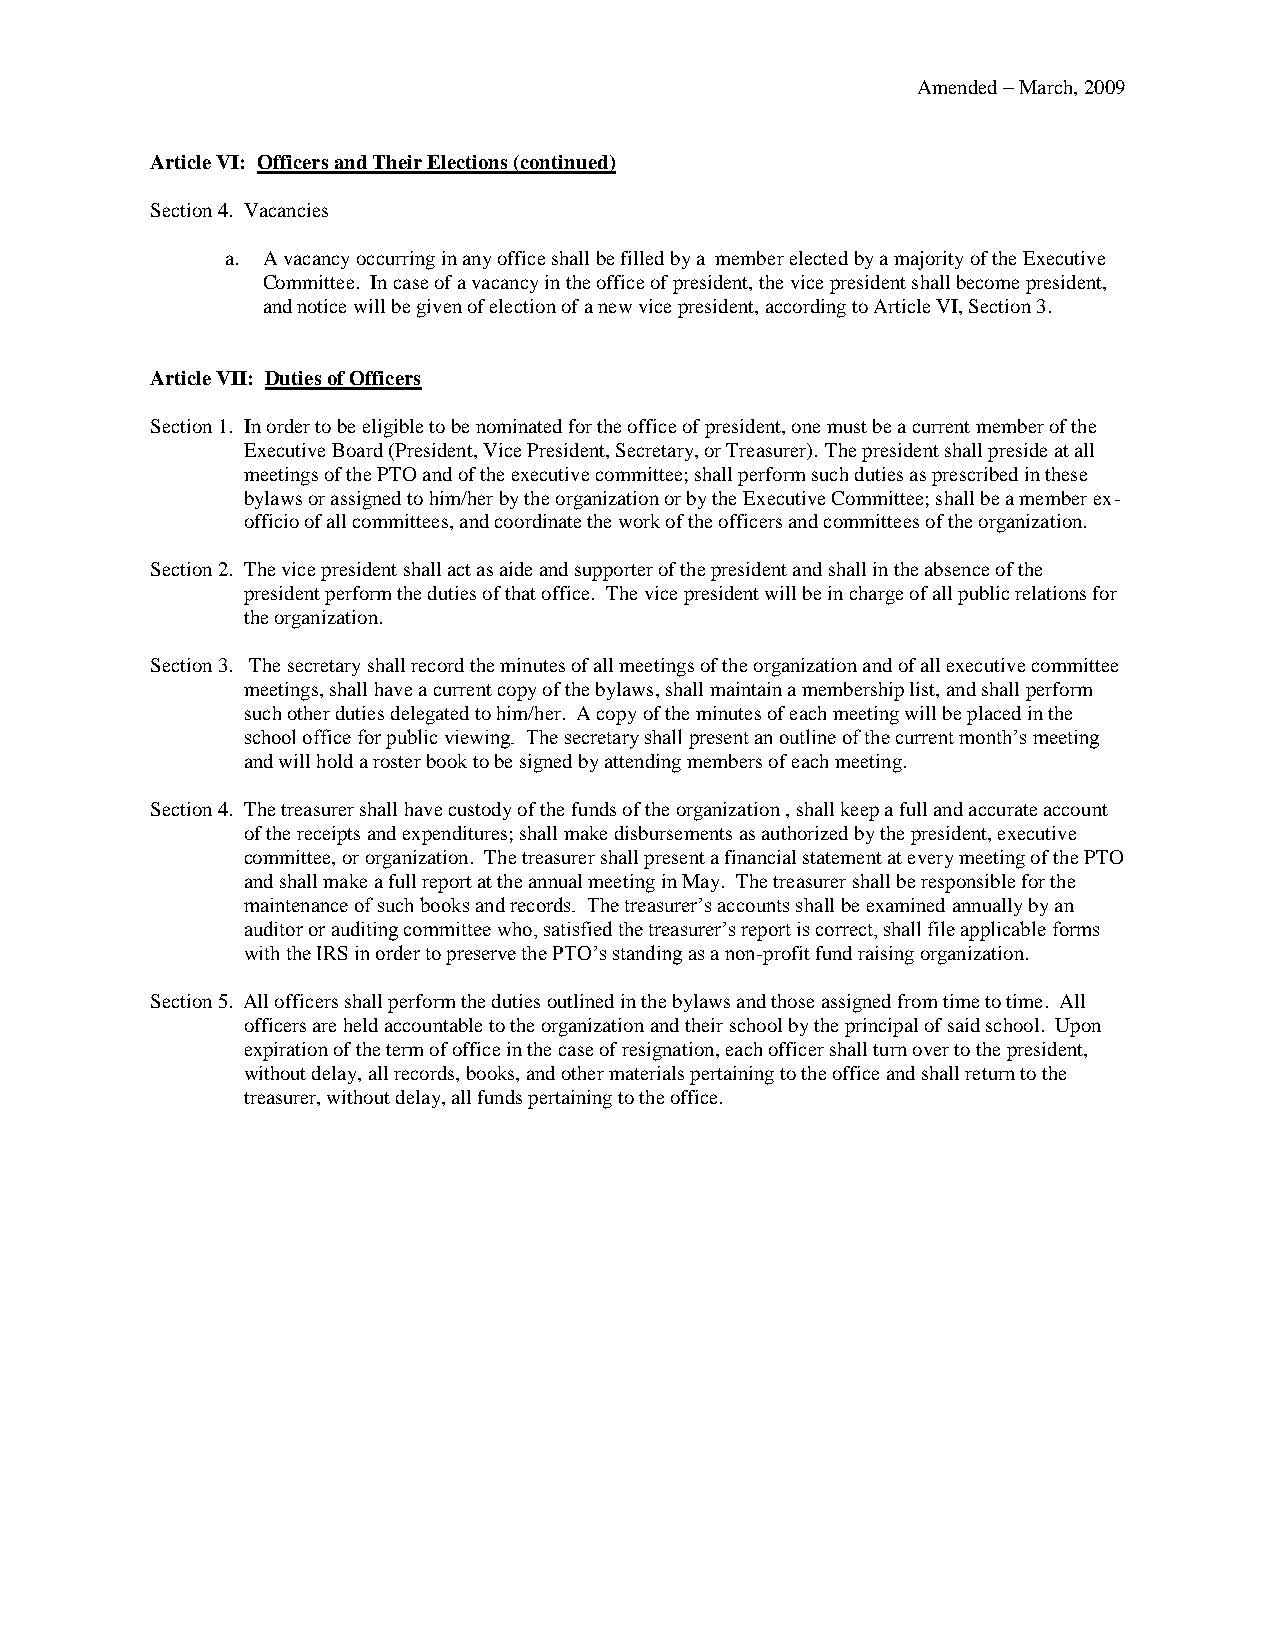
Amended – March, 2009
 Article VI: Officers and Their Elections (continued)
 Section 4. Vacancies
 a. A vacancy occurring in any office shall be filled by a member elected by a majority of the Executive
 Committee. In case of a vacancy in the office of president, the vice president shall become president,
 and notice will be given of election of a new vice president, according to Article VI, Section 3.
 Article VII: Duties of Officers
 Section 1. In order to be eligible to be nominated for the office of president, one must be a current member of the
 Executive Board (President, Vice President, Secretary, or Treasurer). The president shall preside at all
 meetings of the PTO and of the executive committee; shall perform such duties as prescribed in these
 bylaws or assigned to him/her by the organization or by the Executive Committee; shall be a member ex-
 officio of all committees, and coordinate the work of the officers and committees of the organization.
 Section 2. The vice president shall act as aide and supporter of the president and shall in the absence of the
 president perform the duties of that office. The vice president will be in charge of all public relations for
 the organization.
 Section 3. The secretary shall record the minutes of all meetings of the organization and of all executive committee
 meetings, shall have a current copy of the bylaws, shall maintain a membership list, and shall perform
 such other duties delegated to him/her. A copy of the minutes of each meeting will be placed in the
 school office for public viewing. The secretary shall present an outline of the current month’s meeting
 and will hold a roster book to be signed by attending members of each meeting.
 Section 4. The treasurer shall have custody of the funds of the organization , shall keep a full and accurate account
 of the receipts and expenditures; shall make disbursements as authorized by the president, executive
 committee, or organization. The treasurer shall present a financial statement at every meeting of the PTO
 and shall make a full report at the annual meeting in May. The treasurer shall be responsible for the
 maintenance of such books and records. The treasurer’s accounts shall be examined annually by an
 auditor or auditing committee who, satisfied the treasurer’s report is correct, shall file applicable forms
 with the IRS in order to preserve the PTO’s standing as a non-profit fund raising organization.
 Section 5. All officers shall perform the duties outlined in the bylaws and those assigned from time to time. All
 officers are held accountable to the organization and their school by the principal of said school. Upon
 expiration of the term of office in the case of resignation, each officer shall turn over to the president,
 without delay, all records, books, and other materials pertaining to the office and shall return to the
 treasurer, without delay, all funds pertaining to the office.